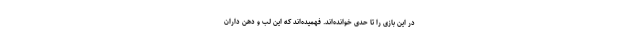
در این بازی را تا حدی خوانده‌اند. فهمیده‌اند که این لب و دهن داران